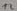
Text: 12